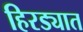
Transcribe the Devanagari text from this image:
हिरड्यात